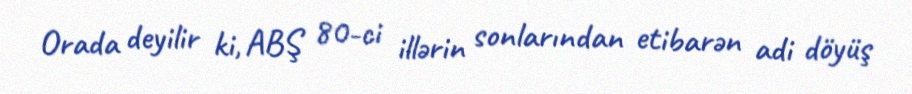
Orada deyilir ki, ABŞ 80-ci illərin sonlarından etibarən adi döyüş